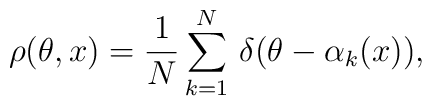
\rho(\theta ,x)=\frac{1}{N}\sum_{k=1}^{N}\,\delta(\theta -\alpha_{k}(x)),